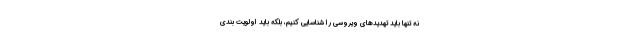
نه تنها باید تهدیدهای ویروسی را شناسایی کنیم، بلکه باید اولویت بندی